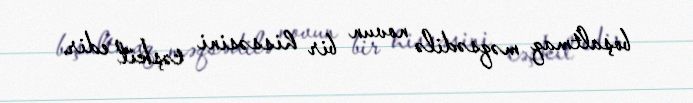
boşaltmaq məqsədilə novun bir hissəsini təşkil edir.